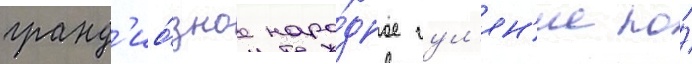
гранд'ио́зное наро́дное гул'ян'ие по́